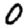
Digit: 0